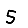
Digit: 5